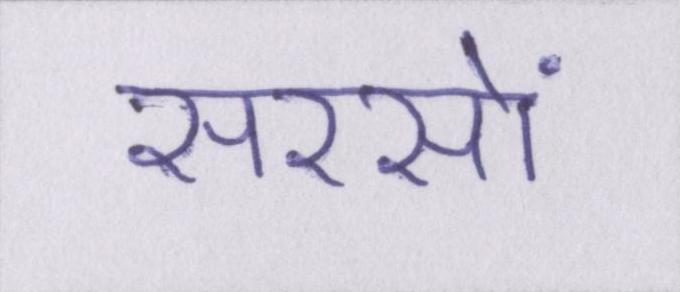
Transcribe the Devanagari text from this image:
सरसों